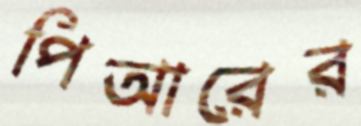
পিআরের